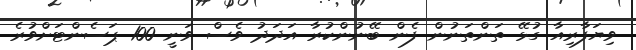
ވިޔަފާރިއާ ގުޅޭ ތަންތަނުން ފެން ބޭނުންކުރާ އަދަދު ވެސް ވަނީ 100 ޕަސެންޓަށްވުރެ